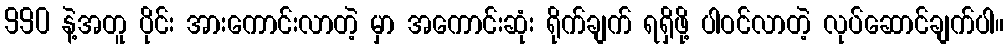
990 နဲ့အတူ ပိုင်း အားကောင်းလာတဲ့ မှာ အကောင်းဆုံး ရိုက်ချက် ရရှိဖို့ ပါဝင်လာတဲ့ လုပ်ဆောင်ချက်ပါ။